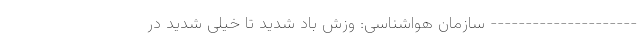
--------------------- سازمان هواشناسی: وزش باد شدید تا خیلی شدید در